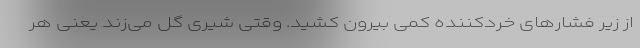
از زیر فشارهای خردکننده کمی بیرون کشید. وقتی شیری گل می‌زند یعنی هر